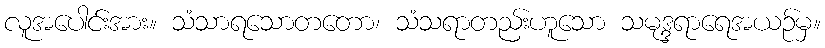
လူအပေါင်းအား။ သံသာရသောတတော၊ သံသရာတည်းဟူသော သမုဒ္ဒရာရေအယဉ်မှ။